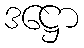
ဒဋ္ဌော